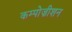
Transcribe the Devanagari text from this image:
कम्पोज़ीशन